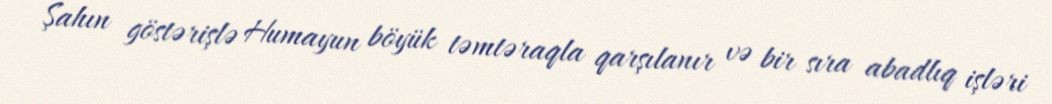
Şahın göstərişlə Humayun böyük təmtəraqla qarşılanır və bir sıra abadlıq işləri